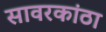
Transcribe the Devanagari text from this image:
सावरकांठा